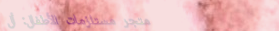
متجر مستلزمات الأطفال: أل